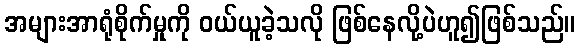
အများအာရုံစိုက်မှုကို ဝယ်ယူခဲ့သလို ဖြစ်နေလို့ပဲဟူ၍ဖြစ်သည်။